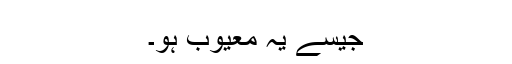
جیسے یہ معیوب ہو۔